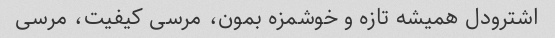
اشترودل همیشه تازه و خوشمزه بمون، مرسی کیفیت، مرسی